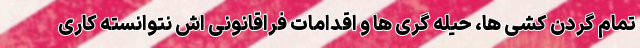
تمام گردن کشی ها، حیله گری ها و اقدامات فراقانونی اش نتوانسته کاری